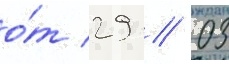
о́т 29 // 03